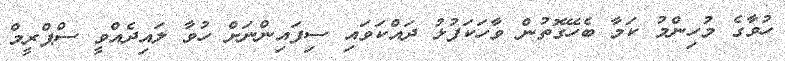
ހުވާގެ މުހިންމު ކަމާ ބެހޭގޮތުން ވާހަކަފުޅު ދައްކަވައި ސިފައިންނަށް ހުވާ ލައިދެއްވީ ސްޕްރީމް